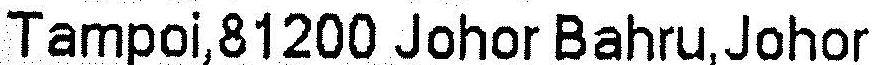
TAMPOI,81200 JOHOR BAHRU,JOHOR